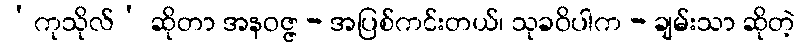
‘ကုသိုလ်’ ဆိုတာ အနဝဇ္ဇ - အပြစ်ကင်းတယ်၊ သုခဝိပါက - ချမ်းသာ ဆိုတဲ့